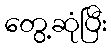
တွေ့ဆုံပြီး